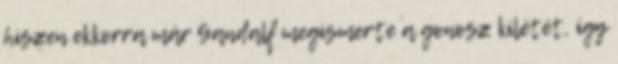
hiszen ekkorra már Gandalf megismerte a gonosz kilétét, így